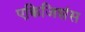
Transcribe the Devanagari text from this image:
एक्विजिशंस